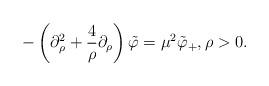
LaTeX: \begin{align*}-\left(\partial_{\rho}^{2}+\frac{4}{\rho}\partial_{\rho} \right)\tilde{\varphi}=\mu^{2}\tilde{\varphi}_{+},\rho>0. \end{align*}